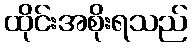
ထိုင်းအစိုးရသည်